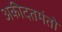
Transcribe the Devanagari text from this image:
अकीदतमंतो